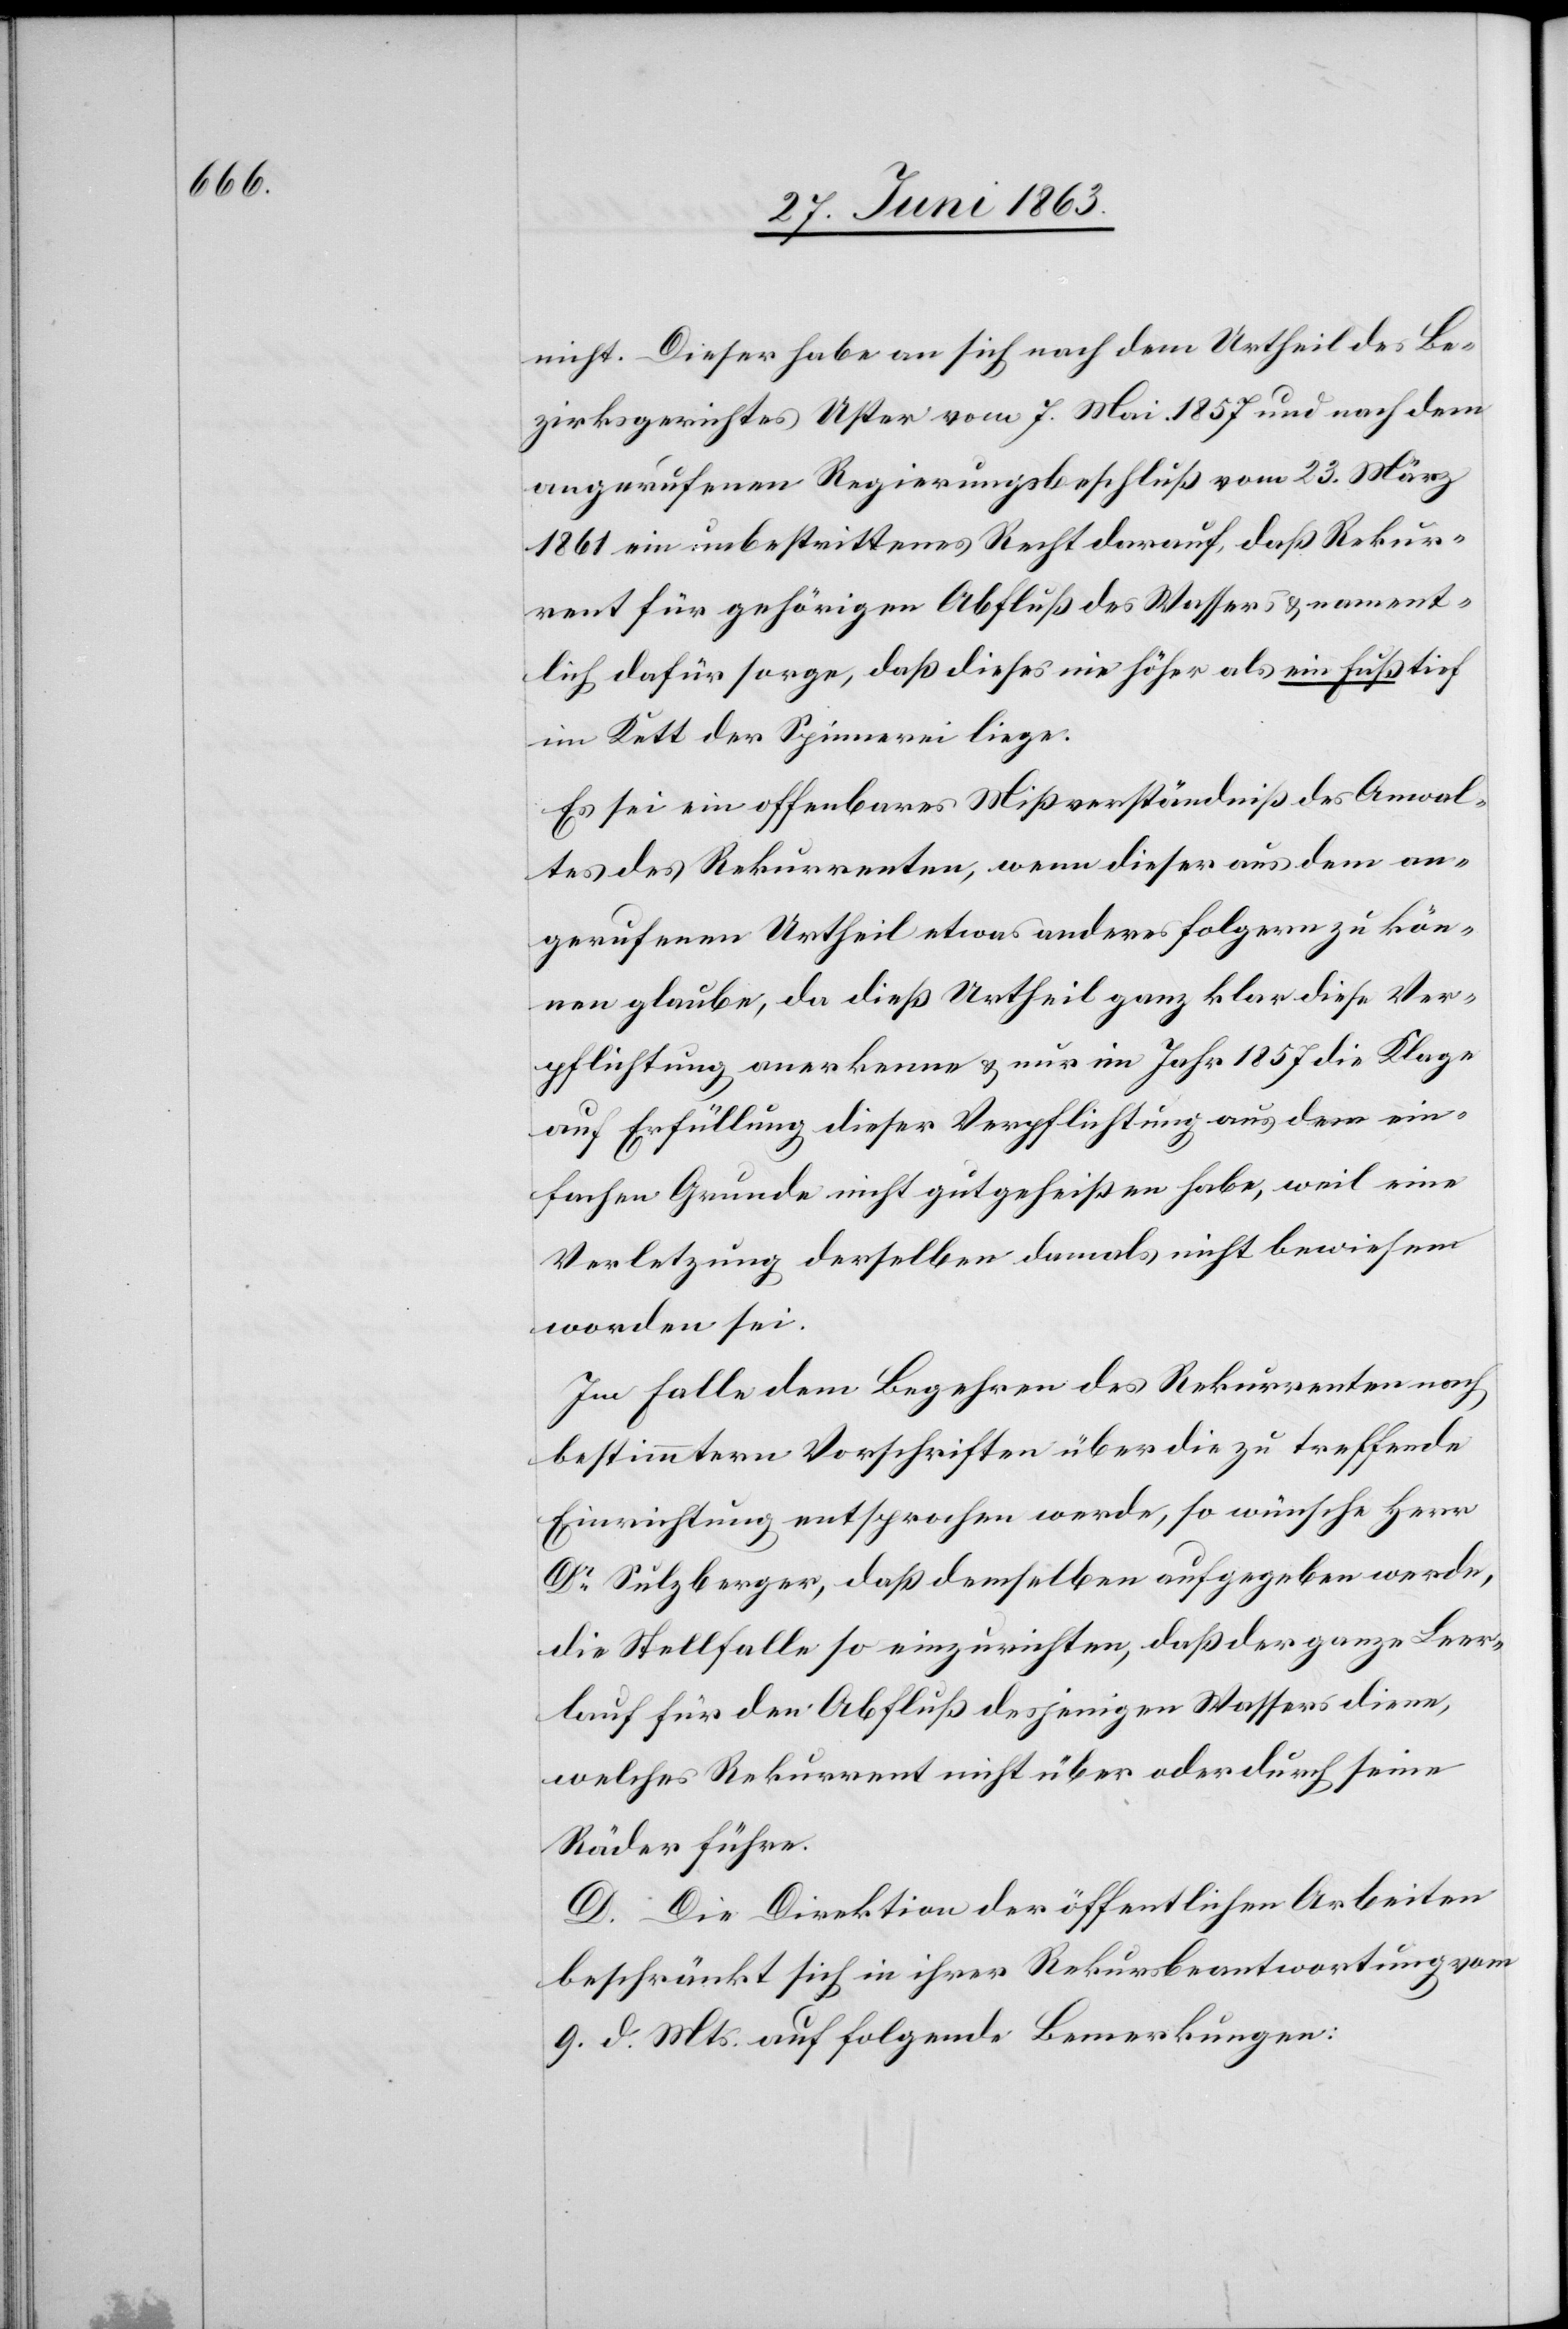
nicht. Dieser habe an sich nach dem Urtheil des Be¬
zirksgerichtes Uster vom 7. Mai. 1857 und nach dem
angerufenen Regierungsbeschluß vom 23. März
1861 ein unbestrittenes Recht darauf, daß Rekur¬
rent für gehörigen Abfluß des Wassers & nament¬
lich dafür sorge, daß dieses nie höher als ein Fuß tief
im Kett der Spinnerei liege.
Es sei ein offenbares Mißverständniß des Anwal¬
tes des Rekurrenten, wenn dieser aus dem an¬
gerufenen Urtheil etwas anderes folgern zu kön¬
nen glaube, da dieß Urtheil ganz klar diese Ver¬
pflichtung anerkenne & nur im Jahr 1857 die Klage
auf Erfüllung dieser Verpflichtung aus dem ein¬
fachen Grunde nicht gutgeheißen habe, weil eine
Verletzung derselben damals nicht bewiesen
worden sei.
Im Falle dem Begehren des Rekurrenten nach
bestimmtern Vorschriften über die zu treffende
Einrichtung entsprochen werde, so wünsche Herr
Dr Sulzberger, das demselben aufgegeben werde,
die Stellfalle so einzurichten, daß der ganze Leer¬
lauf für den Abfluß desjenigen Wassers diene,
welches Rekurrent nicht über oder durch seine
Räder führe.
D. Die Direktion der öffentlichen Arbeiten
beschränkt sich in ihrer Rekursbeantwortung vom
9. d. Mts. auf folgende Bemerkungen: